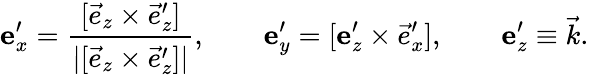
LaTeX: \boldsymbol{\mathrm{e}}_{x}^{\prime}=\frac{[\vec{e}_{z}\times\vec{e}_{z}^{\prime}]}{|[\vec{e}_{z}\times\vec{e}_{z}^{\prime}]|},\qquad\boldsymbol{\mathrm{e}}_{y}^{\prime}=[\boldsymbol{\mathrm{e}}_{z}^{\prime}\times{\vec{e}_{x}^{\prime}}],\qquad\boldsymbol{\mathrm{e}}_{z}^{\prime}\equiv\vec{k}.